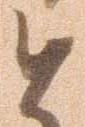
と